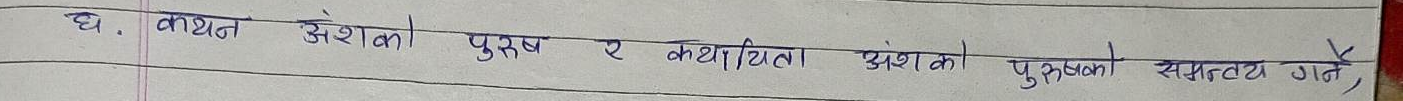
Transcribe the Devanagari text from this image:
घ. कथन अंशको पुरुष र कथयिता अंशको पुरुषको समन्वय गर्ने,